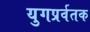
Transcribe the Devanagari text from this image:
युगप्रर्वतक